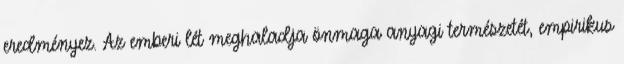
eredményez. Az emberi lét meghaladja önmaga anyagi természetét, empirikus